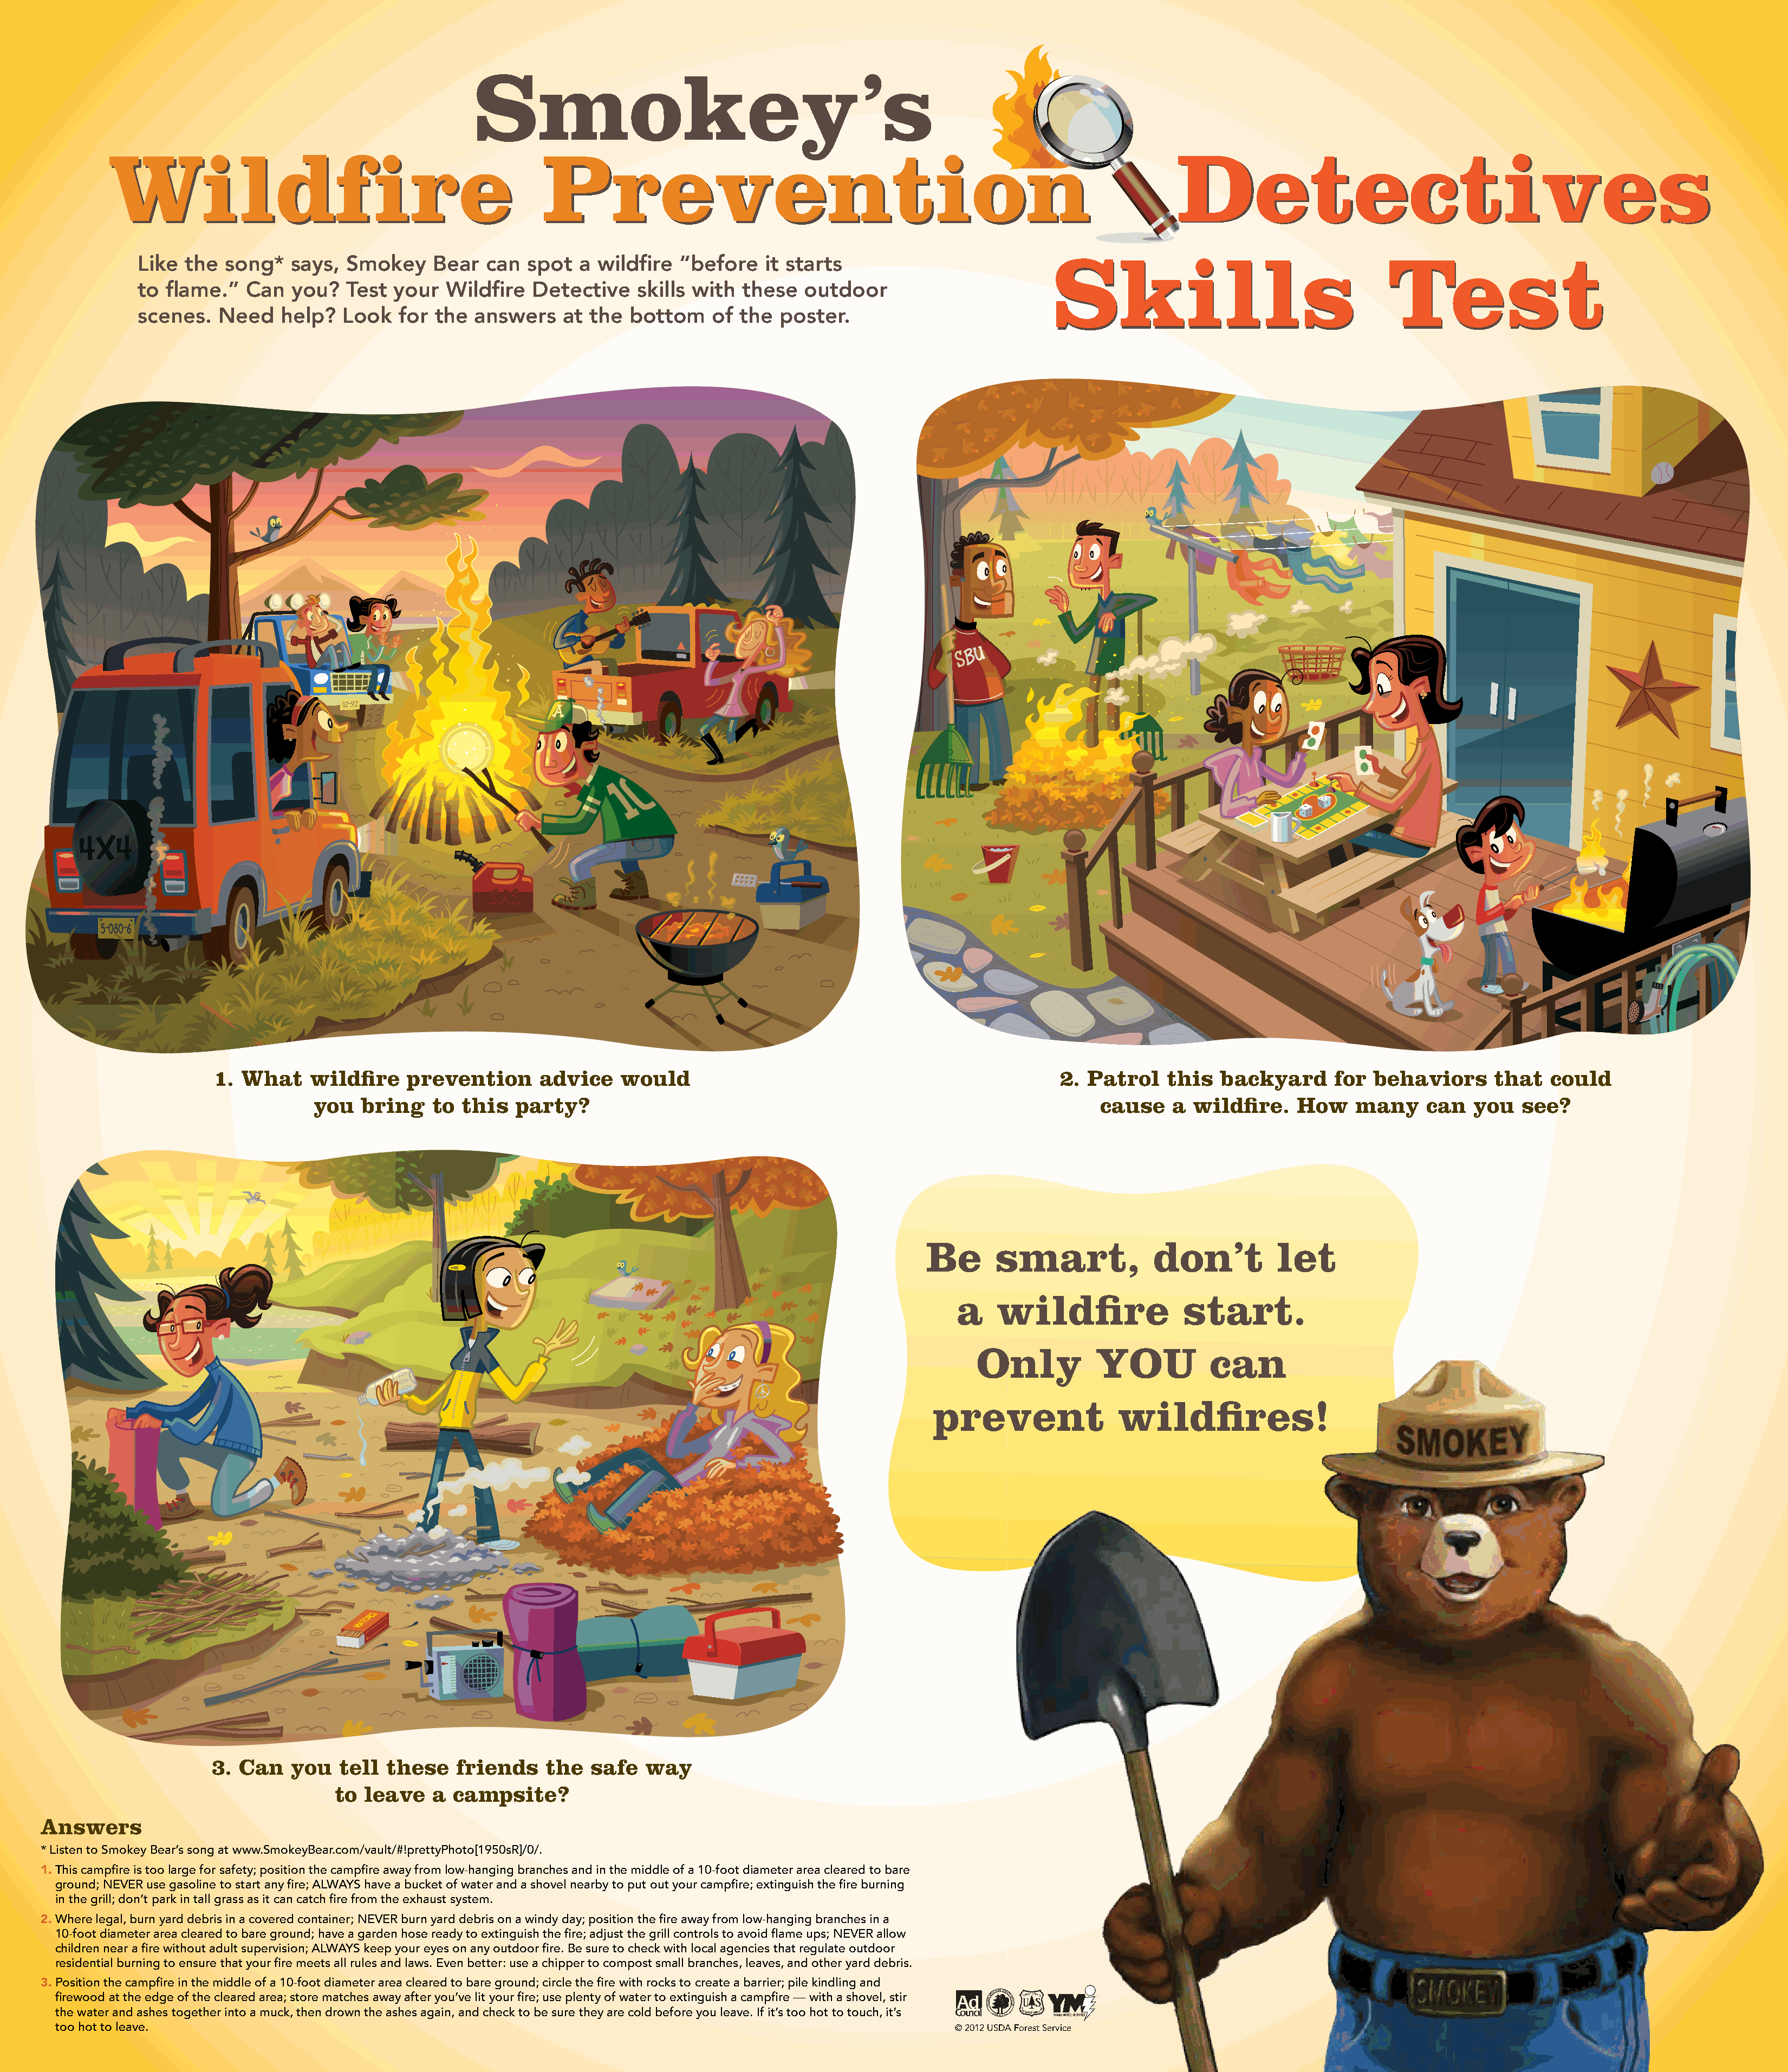
Smokey’s
 WWiillddffiirree                                     PPrreevveennttiioonn                                                          DDeetteeccttiivveess
 SSkkiillllss                            TTeesstt
 Like  the  song*   says, Smokey     Bear  can  spot   a wildfire  “before    it starts
 to flame.”   Can   you?  Test  your   Wildfire  Detective    skills with  these  outdoor
 scenes.   Need   help?   Look   for the  answers    at the  bottom    of the  poster.
 4x4
 5-080-6
 1. What     wildfire    prevention      advice    would                                                 2. Patrol    this  backyard      for  behaviors      that  could
 you   bring    to this   party?                                                                 cause    a  wildfire.   How     many    can   you   see?
 Be       smart,             don’t          let
 a    wildfire               start.
 Only           YOU           can
 prevent                wildfires!
 3. Can    you  tell  these    friends    the  safe   way
 to leave    a campsite?
 Answers
 * Listen to Smokey Bear’s song at www.SmokeyBear.com/vault/#!prettyPhoto[1950sR]/0/.
 1. This campfire is too large for safety; position the campfire away from low-hanging branches and in the middle of a 10-foot diameter area cleared to bare
 ground; NEVER use gasoline to start any fire; ALWAYS have a bucket of water and a shovel nearby to put out your campfire; extinguish the fire burning
 in the grill; don’t park in tall grass as it can catch fire from the exhaust system.
 2. Where legal, burn yard debris in a covered container; NEVER burn yard debris on a windy day; position the fire away from low-hanging branches in a
 10-foot diameter area cleared to bare ground; have a garden hose ready to extinguish the fire; adjust the grill controls to avoid flame ups; NEVER allow
 children near a fire without adult supervision; ALWAYS keep your eyes on any outdoor fire. Be sure to check with local agencies that regulate outdoor
 residential burning to ensure that your fire meets all rules and laws. Even better: use a chipper to compost small branches, leaves, and other yard debris.
 3. Position the campfire in the middle of a 10-foot diameter area cleared to bare ground; circle the fire with rocks to create a barrier; pile kindling and
 firewood at the edge of the cleared area; store matches away after you’ve lit your fire; use plenty of water to extinguish a campfire — with a shovel, stir
 the water and ashes together into a muck, then drown the ashes again, and check to be sure they are cold before you leave. If it’s too hot to touch, it’s
 too hot to leave.                                                                                             © 2012 USDA Forest Service
 24 215-